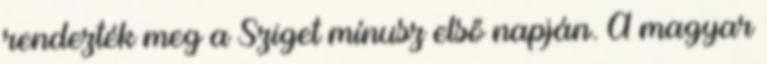
rendezték meg a Sziget mínusz első napján. A magyar